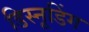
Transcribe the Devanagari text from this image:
डिस्नूडिंग